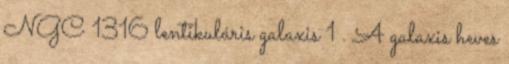
NGC 1316 lentikuláris galaxis 1 . A galaxis heves